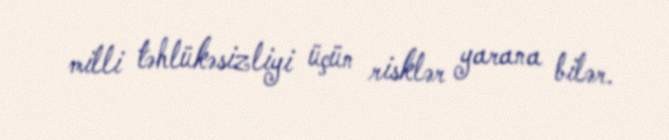
milli təhlükəsizliyi üçün risklər yarana bilər.